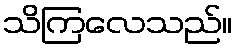
သိကြလေသည်။